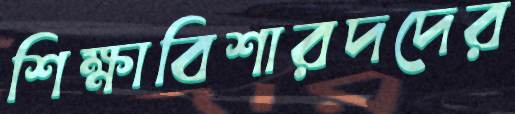
শিক্ষাবিশারদদের